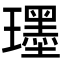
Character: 𤪯